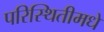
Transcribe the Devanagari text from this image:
परिस्थितीमधे